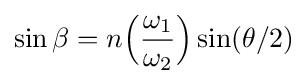
\sin \beta =n{\Bigl (}{\frac {\omega _{1}}{\omega _{2}}}{\Bigr )}\sin(\theta /2)